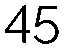
45